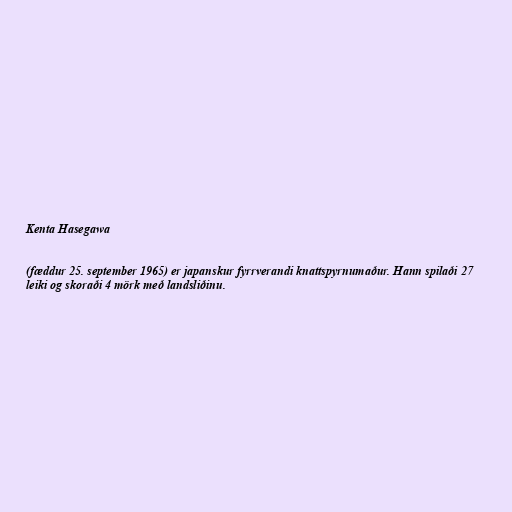
Kenta Hasegawa

(fæddur 25. september 1965) er japanskur fyrrverandi knattspyrnumaður. Hann spilaði 27
leiki og skoraði 4 mörk með landsliðinu.